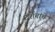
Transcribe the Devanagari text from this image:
दर्शनांचे